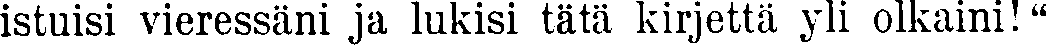
istuisi vieressäni ja lukisi tätä kirjettä yli olkaini!"